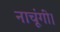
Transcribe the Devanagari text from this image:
नाचूंगी।